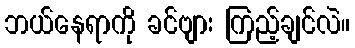
ဘယ်နေရာကို ခင်ဗျား ကြည့်ချင်လဲ။